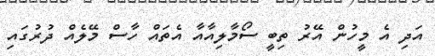
އަދި އެ މީހުން އޭރު ތިބީ ސޯމާލިއާއާ އެތައް ހާސް މޭލެއް ދުރުގައި